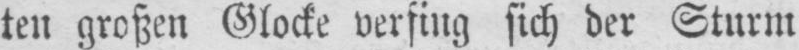
ten großen Glocke verfing sich der Sturm